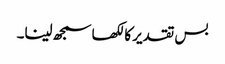
بس تقدیر کا لکھا سمجھ لینا۔